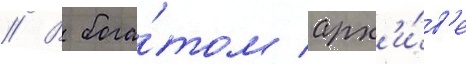
// В бога́том арх'и́в'е